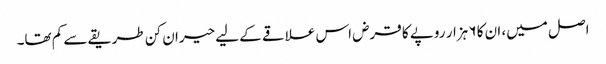
اصل میں، ان کا ۶ ہزار روپے کا قرض اس علاقے کے لیے حیران کن طریقے سے کم تھا۔